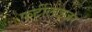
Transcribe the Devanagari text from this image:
फर्टीलाइजर